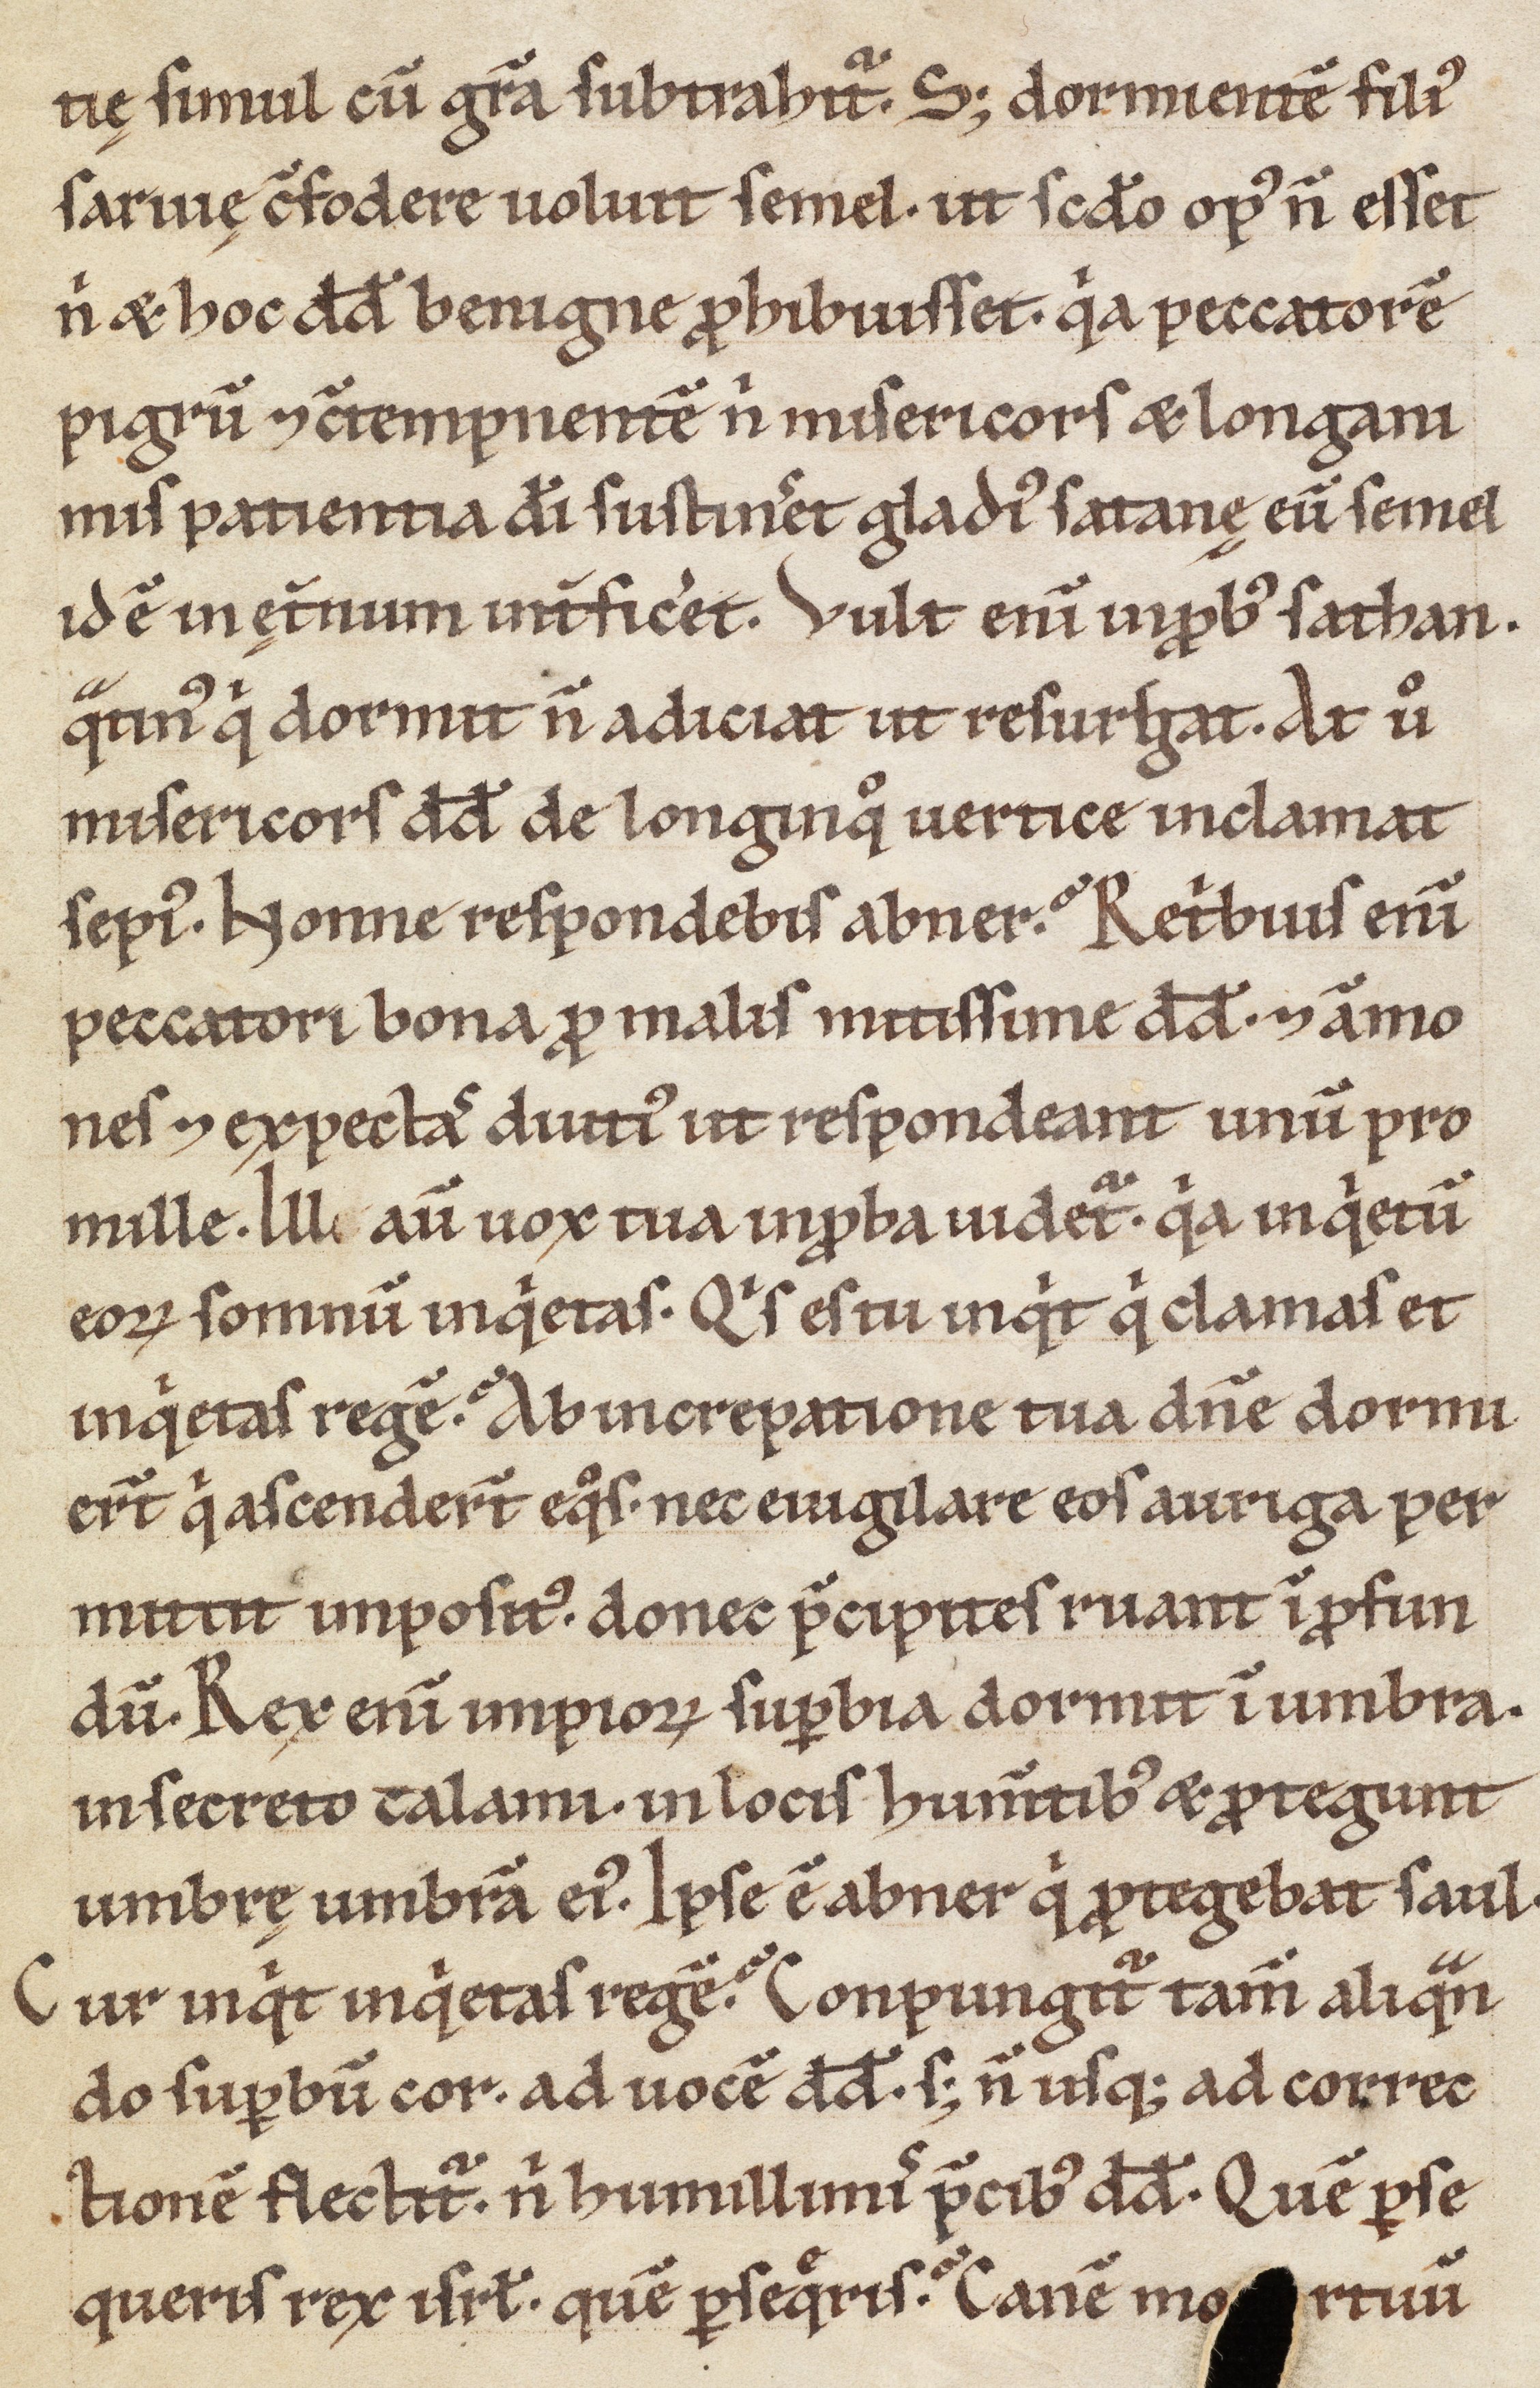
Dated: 900–1099